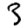
Digit: 3